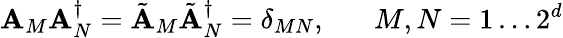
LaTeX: \mathbf{A}_{M}\mathbf{A}_{N}^{\dagger}=\tilde{{\mathbf{A}}}_{M}\tilde{{\mathbf{A}}}_{N}^{\dagger}=\delta_{MN},\; \; \; \; \; \; M,N=1\ldots2^{d}